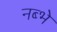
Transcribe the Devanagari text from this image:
नब्भे